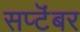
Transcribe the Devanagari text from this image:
सप्टॆंबर